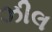
ઝીલ